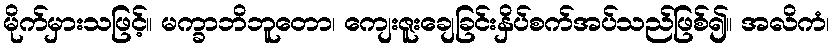
မိုက်မှားသဖြင့်။ မက္ခာဘိဘူတော၊ ကျေးဇူးချေခြင်းနှိပ်စက်အပ်သည်ဖြစ်၍။ အလိကံ၊